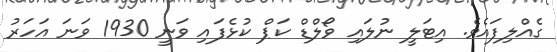
ގެއްލިފައެވެ. އިޓަލީ ނުލައި ވޯލްޑް ކަޕް ކުޅެފައި ވަނީ 1930 ވަނަ އަހަރު